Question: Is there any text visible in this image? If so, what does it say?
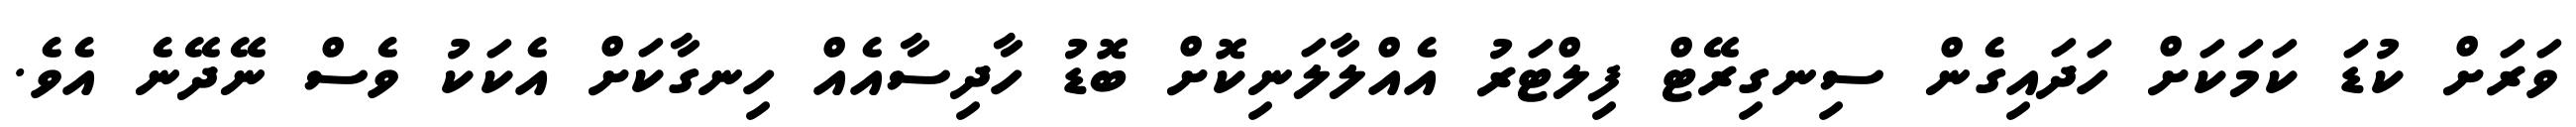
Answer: ވަރަށް ކުޑަ ކަމަކަށް ހަދައިގެން ސިނގިރޭޓް ފިލްޓަރު އެއްލާލަނިކޮށް ބޮޑު ހާދިސާއެއް ހިނގާކަށް އެކަކު ވެސް ނޭދޭނެ އެވެ.